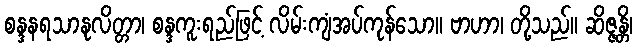
စန္ဒနရသာနုလိတ္တာ၊ စန္ဒကူးရည်ဖြင့် လိမ်းကျံအပ်ကုန်သော။ ဗာဟာ၊ တို့သည်။ ဆိဇ္ဇန္တိ၊